Leaving Certificate Examination (including Day School Certificate (Higher) General paper), 1933
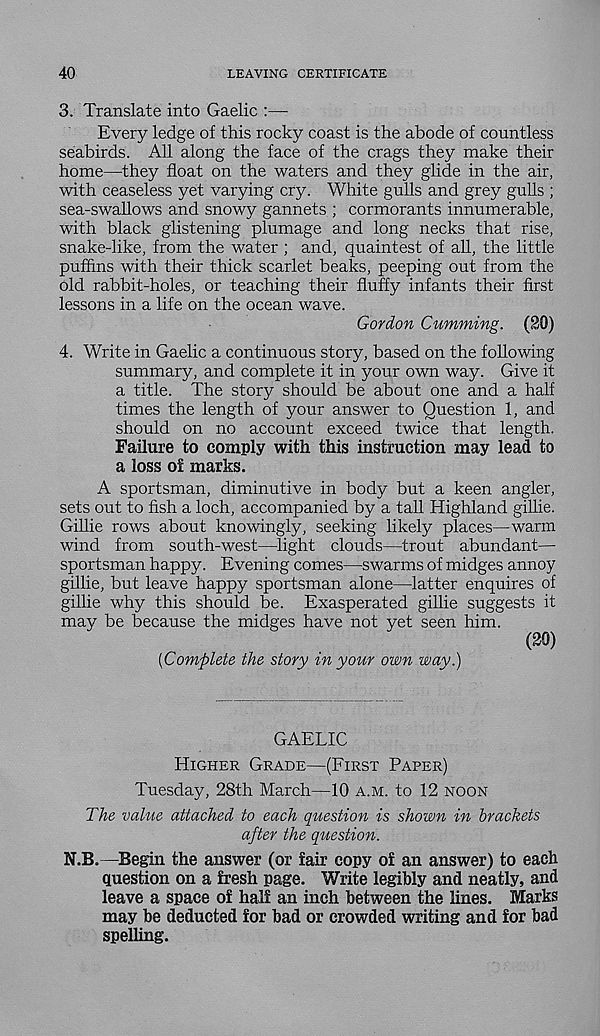
40
LEAVING CERTIFICATE
3. Translate into Gaelic :—
Every ledge of this rocky coast is the abode of countless
seabirds. All along the face of the crags they make their
home—they float on the waters and they glide in the air,
with ceaseless yet varying cry. White gulls and grey gulls ;
sea-swallows and snowy gannets ; cormorants innumerable,
with black glistening plumage and long necks that rise,
snake-like, from the water ; and, quaintest of all, the little
puffins with their thick scarlet beaks, peeping out from the
old rabbit-holes, or teaching their fluffy infants their first
lessons in a life on the ocean wave.
Gordon Gumming. (20)
4. Write in Gaelic a continuous story, based on the following
summary, and complete it in your own way. Give it
a title. The story should be about one and a half
times the length of your answer to Question 1, and
should on no account exceed twice that length.
Failure to comply with this instruction may lead to
a loss of marks.
A sportsman, diminutive in body but a keen angler,
sets out to fish a loch, accompanied by a tall Highland gillie.
Gillie rows about knowingly, seeking likely places—warm
wind from south-west—light clouds—trout abundant—•
sportsman happy. Evening comes—swarms of midges annoy
gillie, but leave happy sportsman alone—latter enquires of
gillie why this should be. Exasperated gillie suggests it
may be because the midges have not yet seen him.
(20)
[Complete the story in your own way.)
GAELIC
Higher Grade—(First Paper)
Tuesday, 28th March—10 a.m. to 12 noon
The value attached to each question is shown in brackets
after the question.
N.B.—Begin the answer (or fair copy of an answer) to each
question on a fresh page. Write legibly and neatly, and
leave a space of half an inch between the lines. Marks
may be deducted for bad or crowded writing and for bad
spelling.